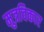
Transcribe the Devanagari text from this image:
मुत्रविकार